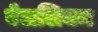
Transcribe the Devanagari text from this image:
बेललियम